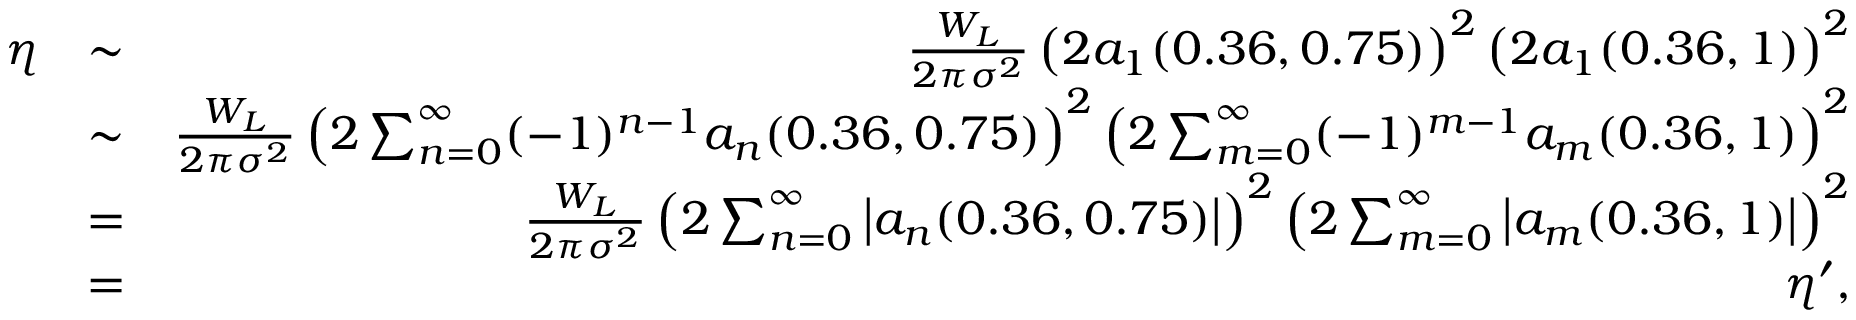
\begin{array} { r l r } { \eta } & { \sim } & { \frac { W _ { L } } { 2 \pi \sigma ^ { 2 } } \left( 2 a _ { 1 } ( 0 . 3 6 , 0 . 7 5 ) \right) ^ { 2 } \left( 2 a _ { 1 } ( 0 . 3 6 , 1 ) \right) ^ { 2 } } \\ & { \sim } & { \frac { W _ { L } } { 2 \pi \sigma ^ { 2 } } \left( 2 \sum _ { n = 0 } ^ { \infty } ( - 1 ) ^ { n - 1 } a _ { n } ( 0 . 3 6 , 0 . 7 5 ) \right) ^ { 2 } \left( 2 \sum _ { m = 0 } ^ { \infty } ( - 1 ) ^ { m - 1 } a _ { m } ( 0 . 3 6 , 1 ) \right) ^ { 2 } } \\ & { = } & { \frac { W _ { L } } { 2 \pi \sigma ^ { 2 } } \left( 2 \sum _ { n = 0 } ^ { \infty } \left| a _ { n } ( 0 . 3 6 , 0 . 7 5 ) \right| \right) ^ { 2 } \left( 2 \sum _ { m = 0 } ^ { \infty } \left| a _ { m } ( 0 . 3 6 , 1 ) \right| \right) ^ { 2 } } \\ & { = } & { \eta ^ { \prime } , } \end{array}